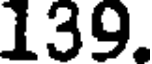
139.